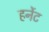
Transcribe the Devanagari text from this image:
हर्नेट